Report on horse surra - Volume II, Part II
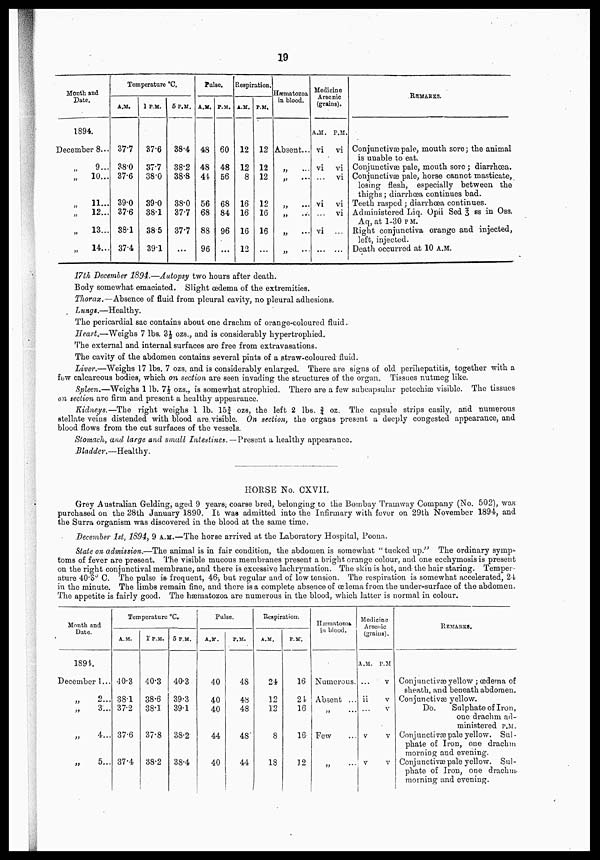
19
Month and
Pate.
1894.
December 8...
„
9...
„
10...
„
11...
„
12...
„
13...
„
14...
Temperature °C.
A.M.
37.7
38.0
37.6
39.0
37.6
38.1
37.4
1 P.M.
37.6
37.7
38.0
39.0
38.1
38.5
39.1
5 P.M.
38.4
38.2
38.8
38.0
37.7
37.7
...
Pulse.
A.M.
48
48
44
56
68
88
96
P.M.
60
48
56
68
84
96
...
Respiration.
A.M.
12
12
8
16
16
16
12
P.M,
12
12
12
12
16
16
...
Hæmatozoa
in blood.
Absent...
„ ...
„ ...
„ ...
„ ...
„ ....
Medicine
Arsenic
(grains).
A.M.
vi
vi
...
vi
...
vi
...
P.M.
vi
vi
vi
vi
vi
...
...
REMARKS.
Conjunctivae pale, mouth sore; the animal
is unable to eat.
Conjunctivae pale, mouth sore; diarrhoea.
Conjunctivas pale, horse cannot masticate,
losing flesh, especially between the
thighs ; diarrhoea continues bad.
Teeth rasped ; diarrhoea continues.
Administered Liq. Opii Sed § ss in Oss.
Aq, at 1-30 p M.
Right conjunctiva orange and injected,
left, injected.
Death occurred at 10 A.M.
17th December 1894.—Autopsy two hours after death.
Body somewhat emaciated. Slight œdema of the extremities.
Thorax.—Absence of fluid from pleural cavity, no pleural adhesions.
Lungs.- Healthy.
The pericardial sac contains about one drachm of orange-coloured fluid.
Heart,—Weighs 7 lbs. 3½ ozs., and is considerably hypertrophied.
The external and internal surfaces are free from extravasations.
The cavity of the abdomen contains several pints of a straw-coloured fluid.
Liver.—Weighs 17 lbs. 7 ozs. and is considerably enlarged. There are signs of old perihepatitis, together with a
few calcareous bodies, which on section are seen invading the structures of the organ. Tissues nutmeg like.
Spleen.—Weighs 1 lb. 7½| ozs., is somewhat atrophied. There are a few subcapsular petechias visible. The tissues
on section are firm and present a healthy appearance.
Kidneys.—The right weighs 1 lb. 15| ozs, the left 2 lbs. ¾ oz. The capsule strips easily, and numerous
stellate veins distended with blood are visible. On section, the organs present a deeply congested appearance, and
blood flows from the cut surfaces of the vessels.
Stomach, and large and small Intestines.— Present a healthy appearance.
Bladder.—Healthy.
HOUSE No. CXVII.
Grey Australian Gelding; aged 9 years; coarse bred, belonging to the Bombay Tramway Company (No. 502), was
purchased on the 28th January 1890. It was admitted into the Infirmary with fever on 29th November 1894, and
the Surra organism was discovered in the blood at the same time.
December 1st, 1894, 9 A.M.—The horse arrived at the Laboratory Hospital, Poona.
Slate on admission.—The animal is in fair condition, the abdomen is somewhat " tucked up." The ordinary symp-
toms of fever are present. The visible mucous membranes present a bright orange colour, and one ecchymosisis present
on the right conjunctival membrane, and there is excessive lachrymation. The skin is hot, and the hair staring. Temper-
ature 40.3° C. The pulse is- frequent, 46, but regular and of low tension. The respiration is somewhat accelerated, 24
in the minute. The limbs remain fine, and there is a complete absence of œlema from the under-surface of the abdomen.
The appetite is fairly good. The hæmatozoa are numerous in the blood, which latter is normal in colour.
Month and
Date.
1894.
December 1...
„ 2
„
3...
„
4...
„
5...
Temperature °C
A.M.
40.3
38.1
37.2
37.6
37.4
1 P.M.
40.3
38.6
38.1
37.8
38.2
5 P.M.
40.3
39.3
39.1
38.2
38.4
Pulse.
A.M.
40
40
40
44
40
P.M.
48
48
48
48
44
Respiration.
A.M.
24
12
12
8
18
P.M.
16
24
16
16
12
Hæmatozoa
in blood.
Numerous.
Absent ...
„ ...
Few
„
Medicine
Arsenic
(grans)
A.M.
ii
v
v
P.M
v
v
v
v
v
REMARKS.
Conjunctivae yellow ; oedema of
sheath, and beneath abdomen.
Conjunctivae yellow.
Do.
Sulphate of Iron.
one drachm ad-
ministered P.M.
Conjuncti væ pale yellow. Sul -
phate of Iron, one drachm
morning and evening.
Conj unctivæ pale yellow. Sul -
phate of Iron, one drachm,
morning and evening.